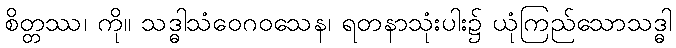
စိတ္တဿ၊ ကို။ သဒ္ဓါသံဝေဂဝသေန၊ ရတနာသုံးပါး၌ ယုံကြည်သောသဒ္ဓါ